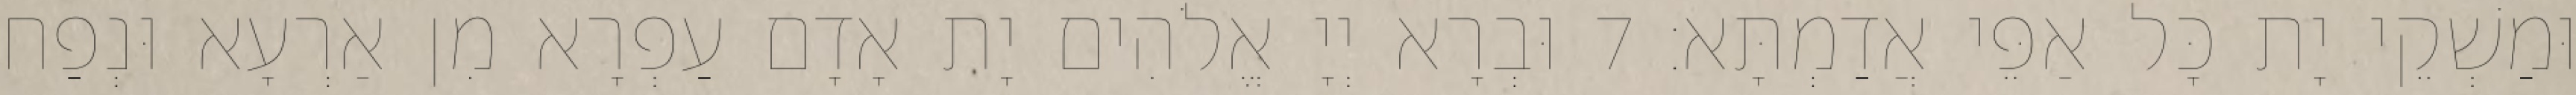
וּמַשְׁקֵי יָת כָּל אַפֵּי אֲדַמְתָּא׃ 7 וּבְרָא יְיָ אֱלֹהִים יָת אָדָם עַפְרָא מִן אַרְעָא וּנְפַח